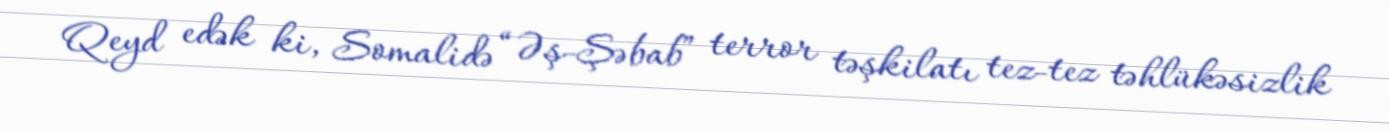
Qeyd edək ki, Somalidə “Əş-Şəbab” terror təşkilatı tez-tez təhlükəsizlik